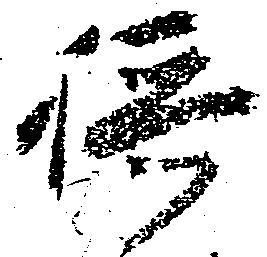
摂